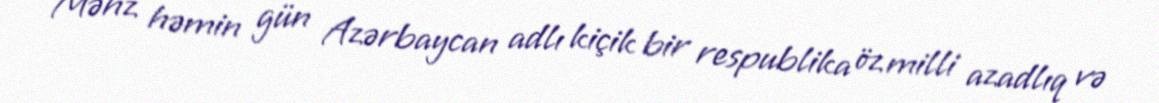
Məhz həmin gün Azərbaycan adlı kiçik bir respublika öz milli azadlıq və